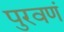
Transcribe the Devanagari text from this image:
पुरवणं